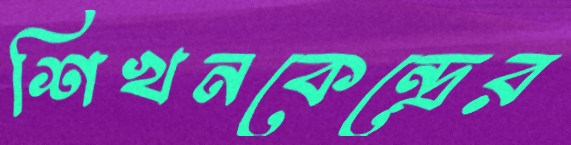
শিখনকেন্দ্রের